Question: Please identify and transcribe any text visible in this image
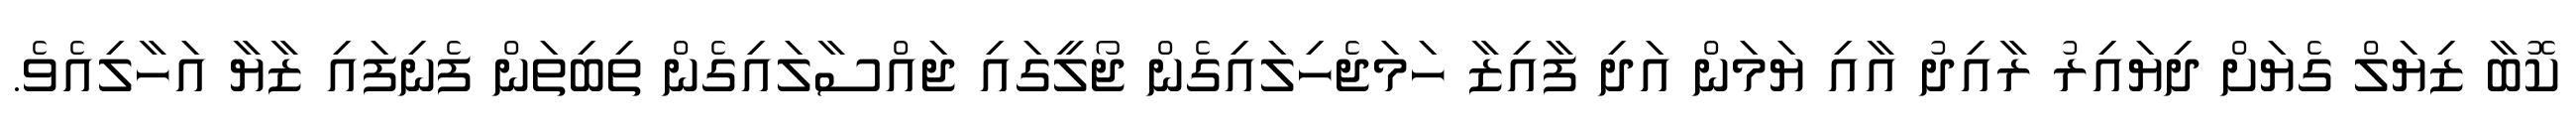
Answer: ކޮބާ ޒިޔަލް ގެޔަށް ދިޔައިރު ރާއިދު އާއި ޔަމަން އަދި ފާއިޒާ ހަމަޖެހިލައިގެން ޖޯލީގައި ޖައްސާލައިގެން ތިބިތަން ފެނިފައި ޒާޔާ އަހާލިއެވެ.